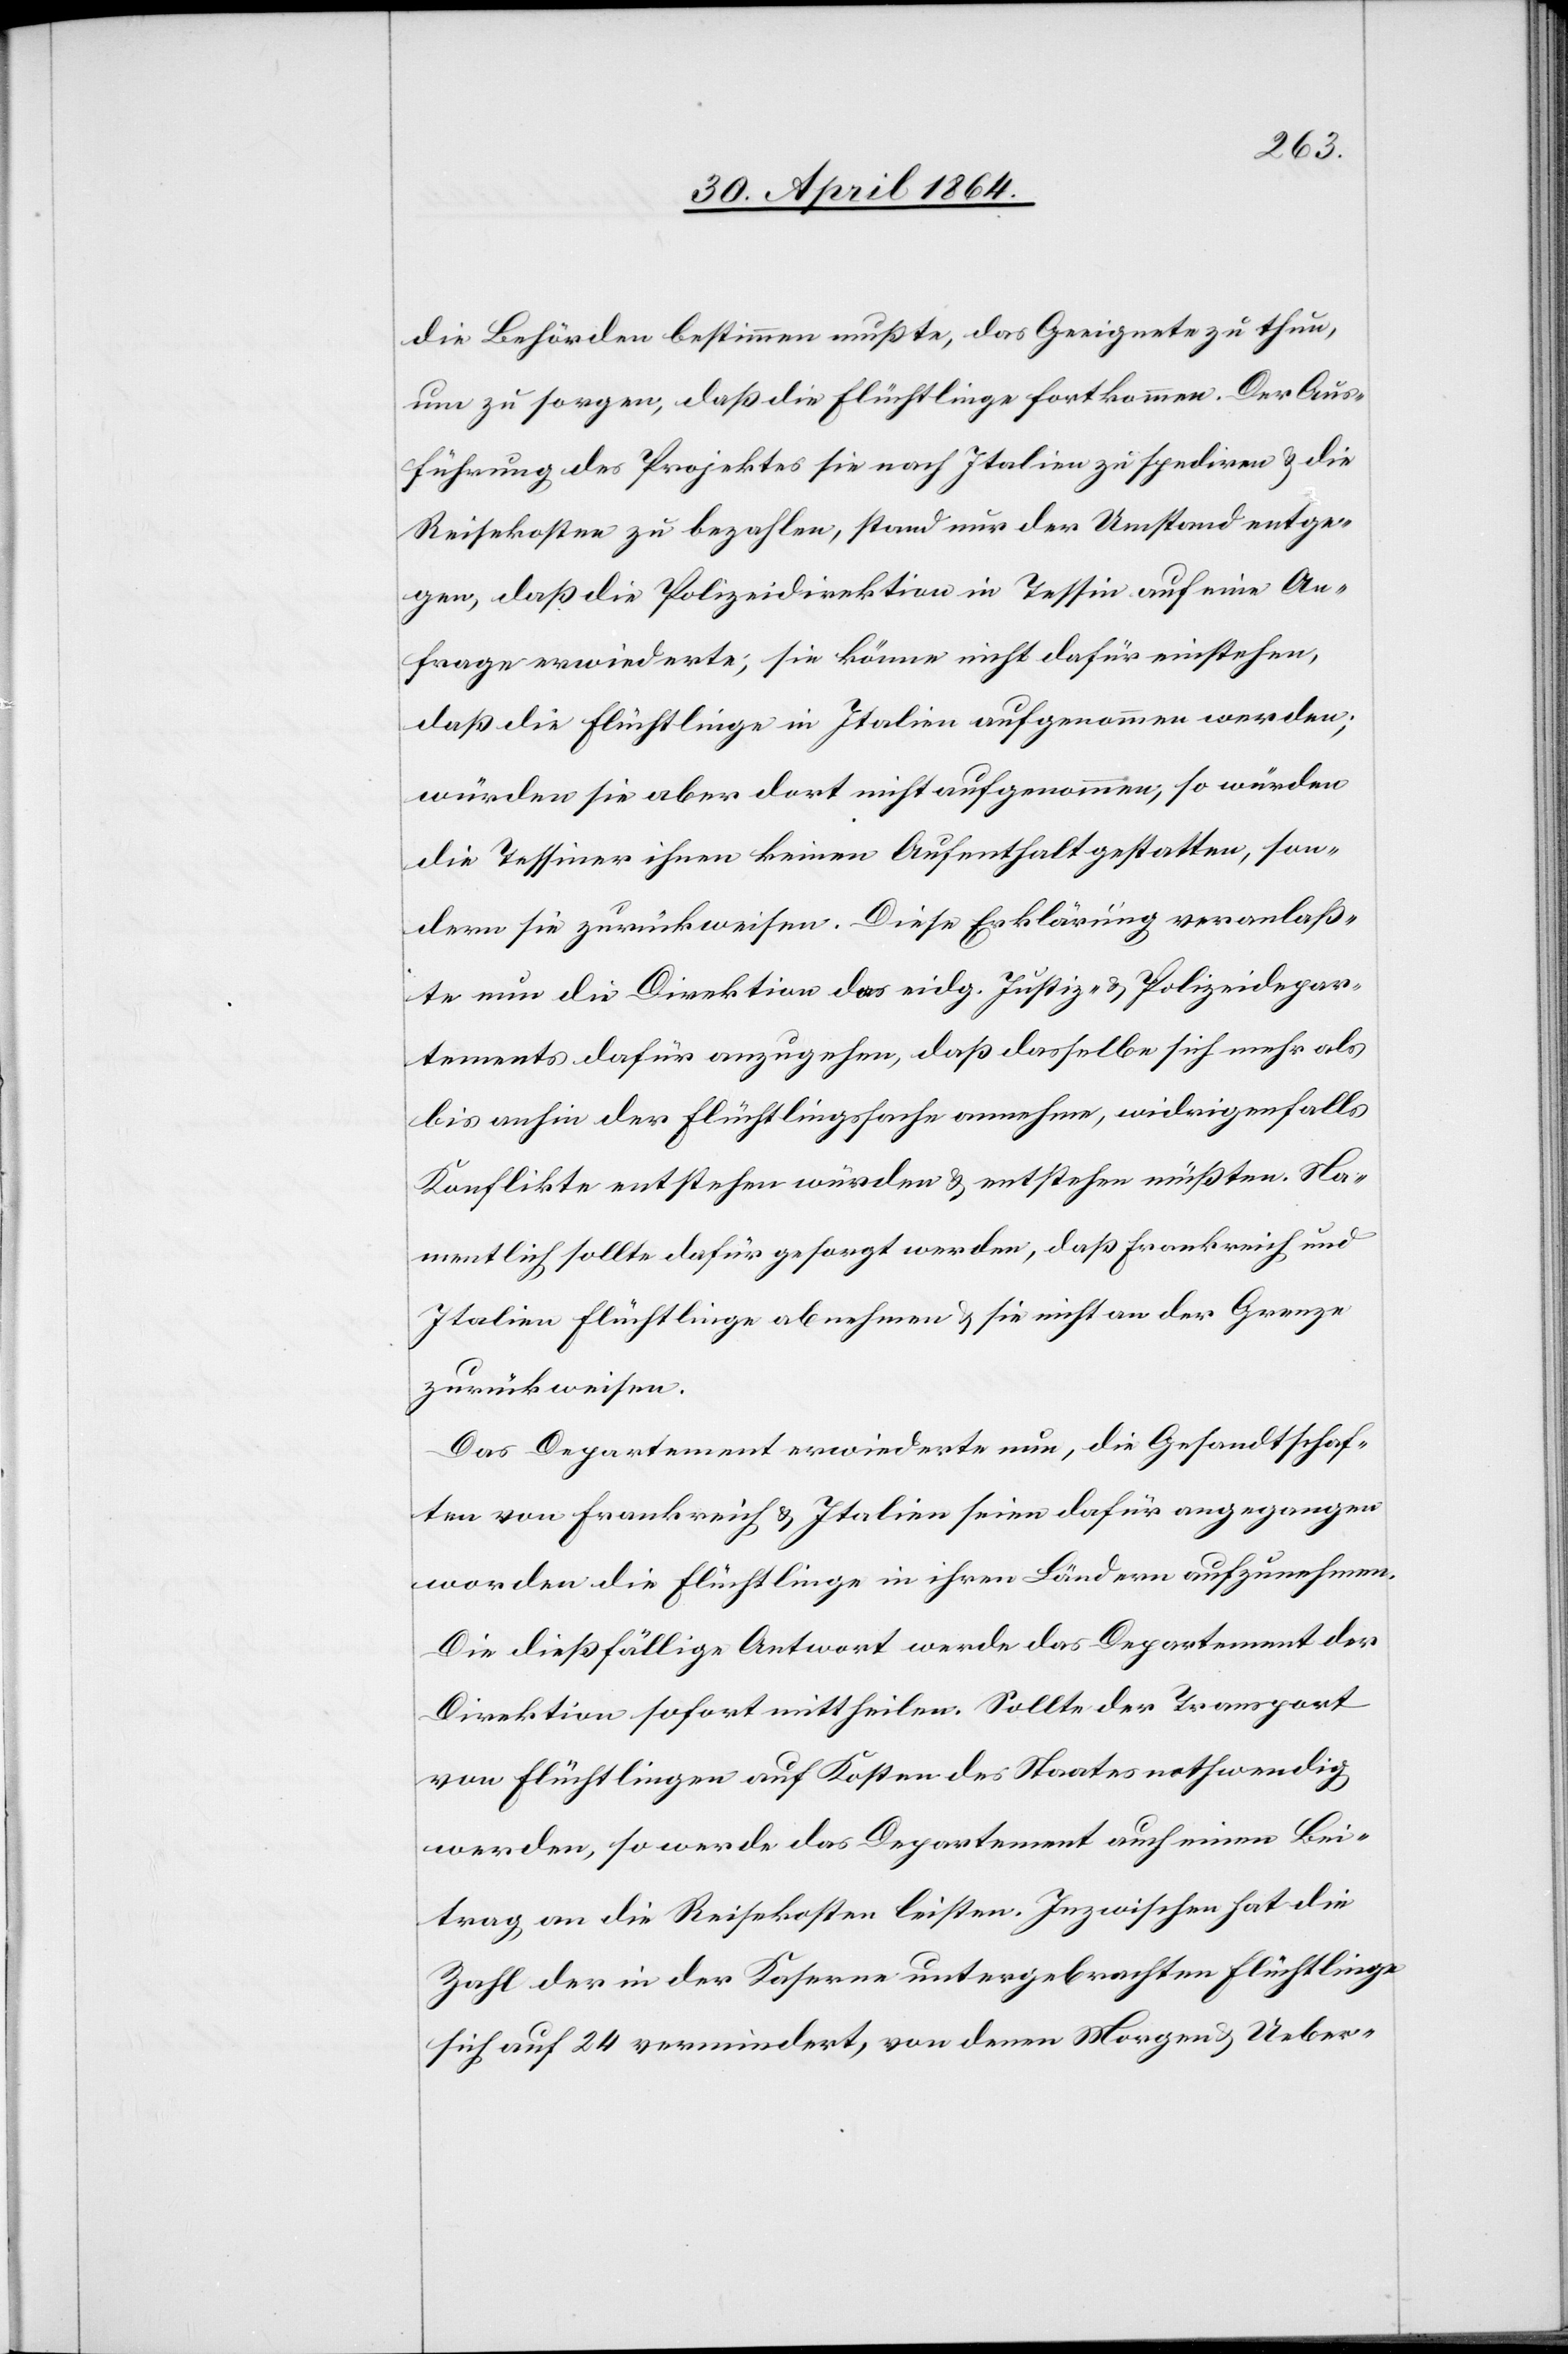
die Behörden bestimmen mußte, das Geeignete zu thun,
um zu sorgen, daß die Flüchtlinge fortkommen. Der Aus¬
führung des Projektes sie nach Italien zu spediren u. die
Reisekosten zu bezahlen, stand nur der Umstand entge¬
gen, daß die Polizeidirektion in Tessin auf eine An¬
frage erwiederte; sie könne nicht dafür einstehen,
daß die Flüchtlinge in Italien aufgenommen werden;
würden sie aber dort nicht aufgenommen, so würden
die Tessiner ihnen keinen Aufenthalt gestatten, son¬
dern sie zurückweisen. Diese Erklärung veranlaß¬
te nun die Direktion das eidg. Justiz- u. Polizeidepar¬
tements dafür anzugehen, daß dasselbe sich mehr als
bis anhin der Flüchtlingssache annehme, widrigenfalls
Konflikte entstehen würden u. entstehen müßten. Na¬
mentlich sollte dafür gesorgt werden, daß Frankreich und
Italien Flüchtlinge abnehmen u. sie nicht an der Grenze
zurückweisen.
Das Departement erwiederte nun, die Gesandtschaf¬
ten von Frankreich u. Italien seien dafür angegangen
worden die Flüchtlinge in ihren Ländern aufzunehmen.
Die dießfällige Antwort werde das Departement der
Direktion sofort mittheilen. Sollte der Transport
von Flüchtlingen auf Kosten des Staates nothwendig
werden, so werde das Departement auch einen Bei¬
trag an die Reisekosten leisten. Inzwischen hat die
Zahl der in der Kaserne untergebrachten Flüchtlinge
sich auf 24 vermindert, von denen Morgen u. Ueber-